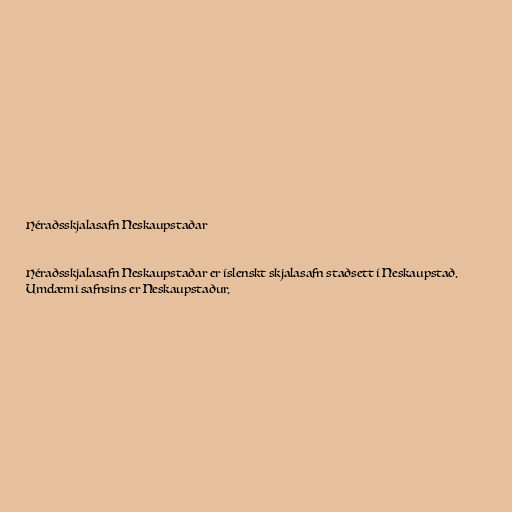
Héraðsskjalasafn Neskaupstaðar

Héraðsskjalasafn Neskaupstaðar er íslenskt skjalasafn staðsett í Neskaupstað.
Umdæmi safnsins er Neskaupstaður.